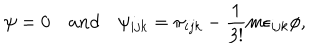
\psi = 0 \quad a n d \quad \psi _ { i j k } = \pi _ { i j k } - \frac { 1 } { 3 ! } m \epsilon _ { i j k } \phi ,